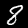
Label: 8